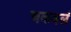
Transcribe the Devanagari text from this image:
चकवलं